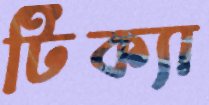
টিক্যা